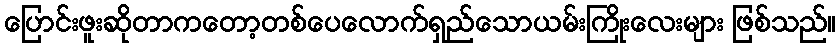
ပြောင်းဖူးဆိုတာကတော့တစ်ပေလောက်ရှည်သောယမ်းကြိုးလေးများ ဖြစ်သည်။